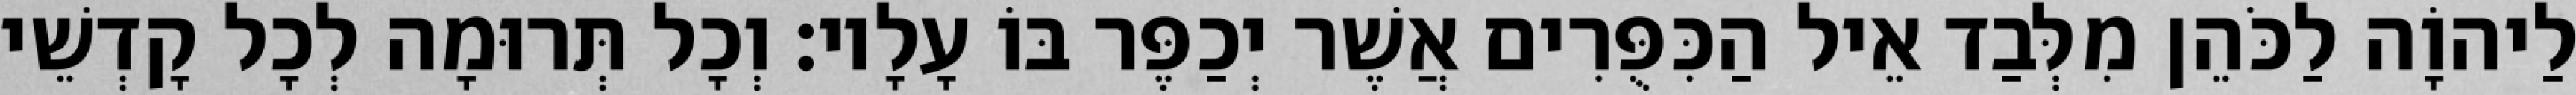
לַיהוָֹה לַכֹּהֵן מִלְּבַד אֵיל הַכִּפֻּרִים אֲשֶׁר יְכַפֶּר בּוֹ עָלָיו׃ וְכָל תְּרוּמָה לְכָל קָדְשֵׁי